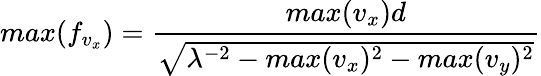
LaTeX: max(f_{v_{x}})=\frac{max(v_{x})d}{\sqrt{\lambda^{-2}-max(v_{x})^{2}-max(v_{y})^{2}}}